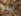
يبدو